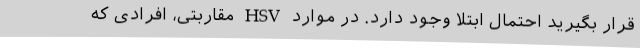
قرار بگیرید احتمال ابتلا وجود دارد. در موارد HSV مقاربتی، افرادی که